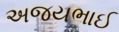
અજયભાઈ